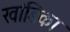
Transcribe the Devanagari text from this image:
खांडिका